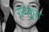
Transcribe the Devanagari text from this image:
राजकुंड़